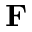
\mathbf { F }